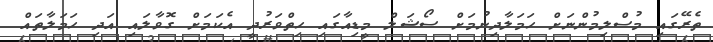
ތެރޭގައި މުސްލިމުންނަށް ހަމަލާދިނުމަށް ސޯޝަލް މީޑިއާގައި ހިތްވަރުދީ އެކަމަށް ގޮވާލައި އަދި ހަމަލާތައް